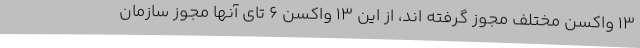
13 واکسن مختلف مجوز گرفته اند، از این 13 واکسن 6 تای آنها مجوز سازمان